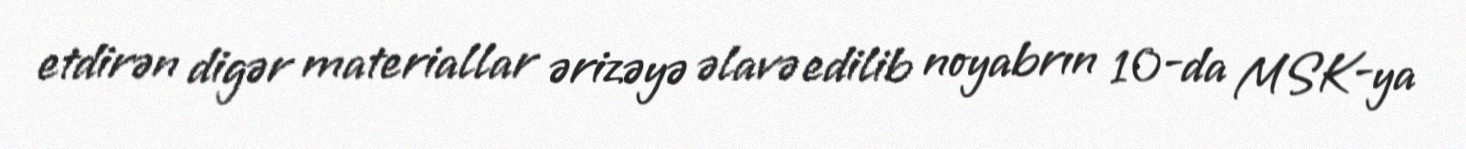
etdirən digər materiallar ərizəyə əlavə edilib noyabrın 10-da MSK-ya